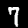
Digit: 7